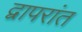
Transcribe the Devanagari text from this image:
द्वापरांत